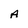
Character: A